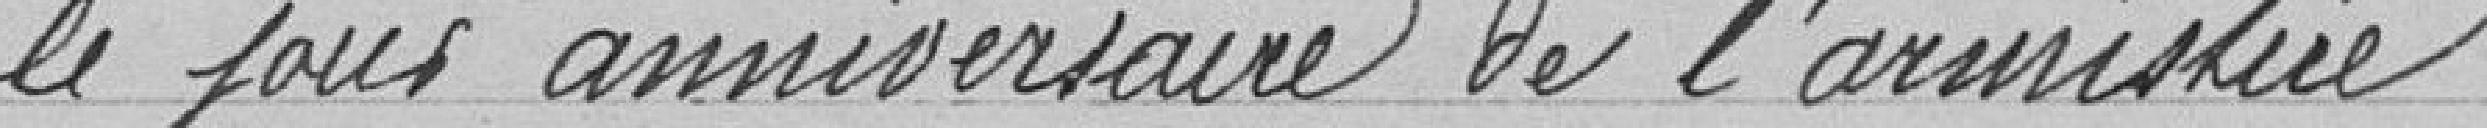
le jour anniversaire de l'Armistice